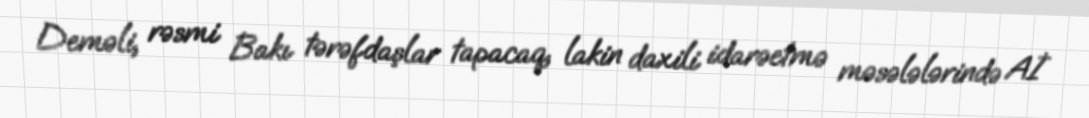
Deməli, rəsmi Bakı tərəfdaşlar tapacaq, lakin daxili idarəetmə məsələlərində Aİ